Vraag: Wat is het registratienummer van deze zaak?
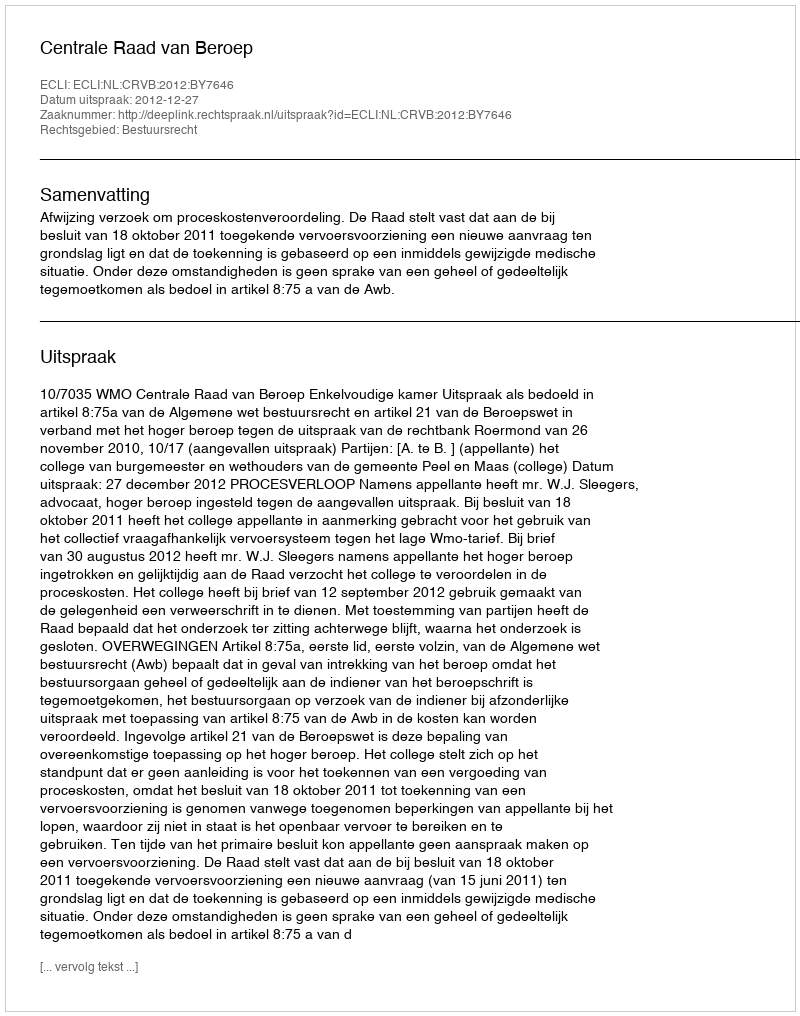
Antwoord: http://deeplink.rechtspraak.nl/uitspraak?id=ECLI:NL:CRVB:2012:BY7646